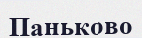
Паньково